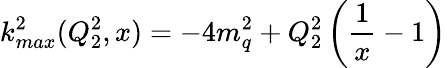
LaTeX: k_{max}^{2}(Q_{2}^{2},x)=-4m_{q}^{2}+Q_{2}^{2}\left({\frac{1}{x}}-1\right)